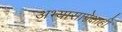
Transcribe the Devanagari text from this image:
अभ्यासापेक्षाही